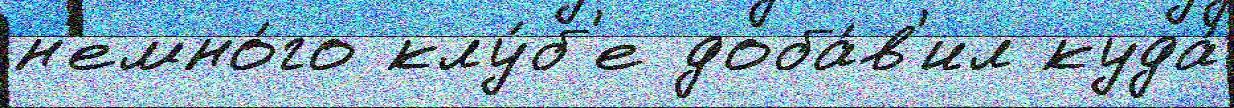
н'емно́го клу́б'е доба́в'ил куда́